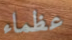
عظماء